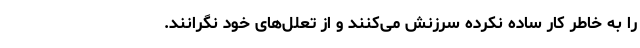
را به خاطر کار ساده نکرده سرزنش می‌کنند و از تعلل‌های خود نگرانند.